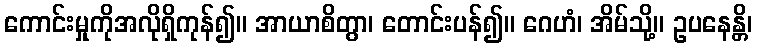
ကောင်းမှုကိုအလိုရှိကုန်၍။ အာယာစိတွာ၊ တောင်းပန်၍။ ဂေဟံ၊ အိမ်သို့။ ဥပနေန္တိ၊